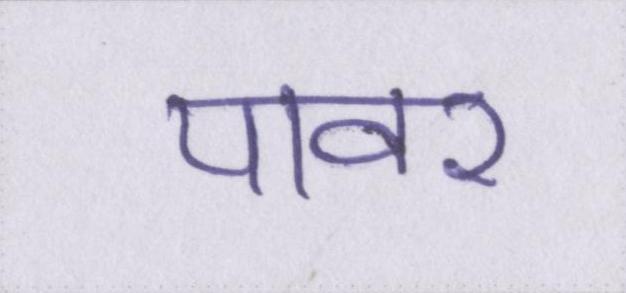
पावर